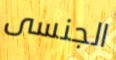
الجنسى